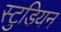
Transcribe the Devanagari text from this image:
स्टुडियन